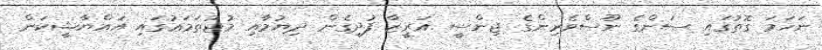
ނަހަމަ ގޮތުގައި ސަންގެ ނޫސްވެރިންގެ ޖިންސީ ޣަރީޒާ ފުދިގެން ދިޔުމާއި މުޖުތަމަޢުގައި އައްޔާޝީކަން